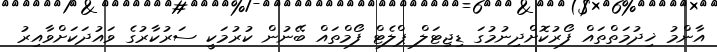
އާންމު ޚިދުމަތްތައް ފޯރުކޮށްދިނުމުގަ ޑިޖިޓަލް ޕްލެޓް ފޯމްތައް ބޭނުން ކުރުމަކީ ސަރުކާރުގެ ވައުދަކަށްވާއިރު